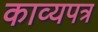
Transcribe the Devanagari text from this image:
काव्यपत्र